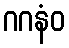
ဂဂနံဝ